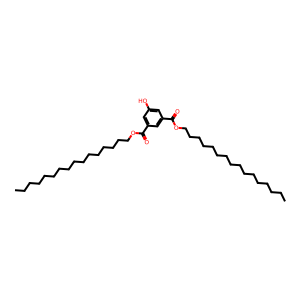
SMILES: CCCCCCCCCCCCCCCCOC(=O)c1cc(O)cc(C(=O)OCCCCCCCCCCCCCCCC)c1
Inhibits HIV replication: No